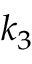
k _ { 3 }